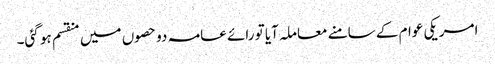
امریکی عوام کے سامنے معاملہ آیا تو رائے عامہ دو حصوں میں منقسم ہو گئی۔